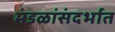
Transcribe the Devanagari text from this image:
मंडळांसंदर्भात